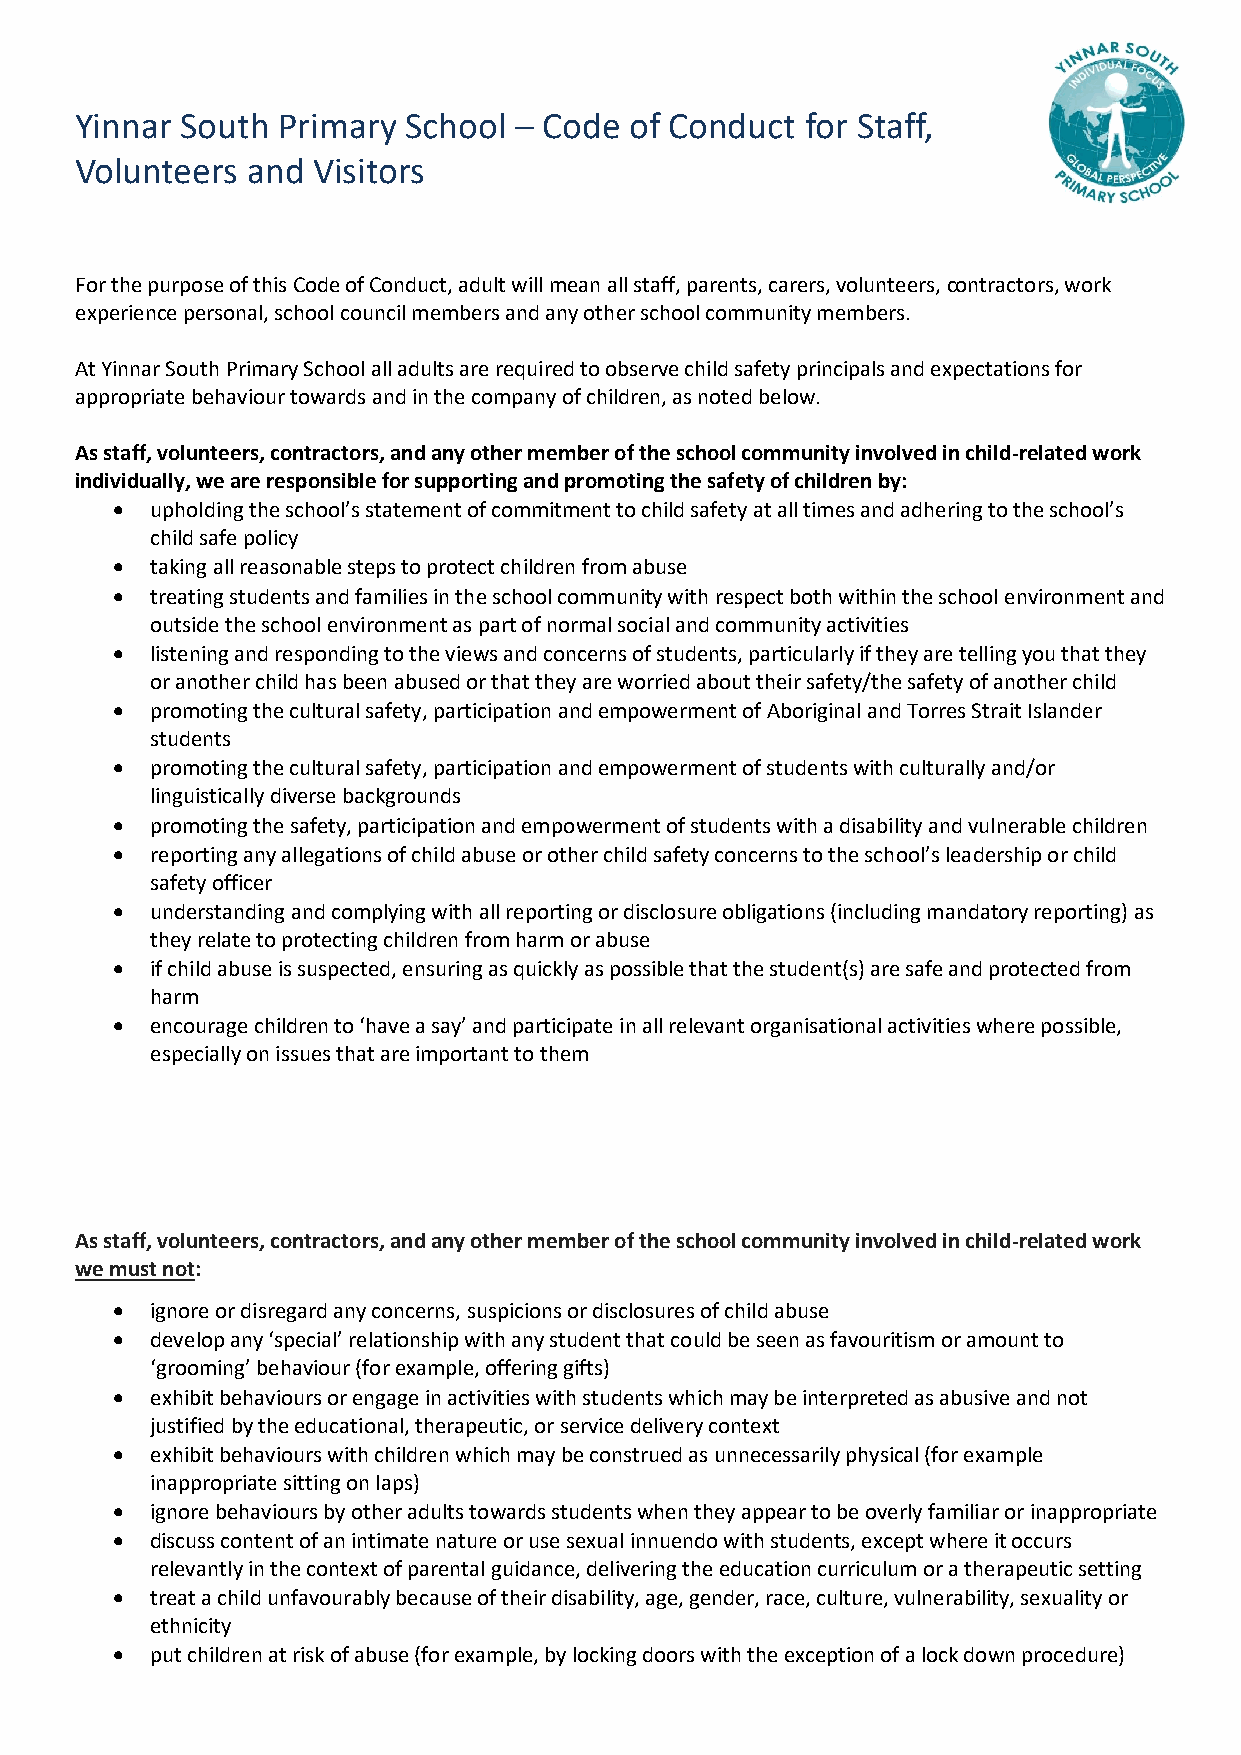
Yinnar South Primary  School – Code  of Conduct for Staff,
 Volunteers and  Visitors
 For the purpose of this Code of Conduct, adult will mean all staff, parents, carers, volunteers, contractors, work
 experience personal, school council members and any other school community members.
 At Yinnar South Primary School all adults are required to observe child safety principals and expectations for
 appropriate behaviour towards and in the company of children, as noted below.
 As staff, volunteers, contractors, and any other member of the school community involved in child-related work
 individually, we are responsible for supporting and promoting the safety of children by:
   upholding the school’s statement of commitment to child safety at all times and adhering to the school’s
 child safe policy
   taking all reasonable steps to protect children from abuse
   treating students and families in the school community with respect both within the school environment and
 outside the school environment as part of normal social and community activities
   listening and responding to the views and concerns of students, particularly if they are telling you that they
 or another child has been abused or that they are worried about their safety/the safety of another child
   promoting the cultural safety, participation and empowerment of Aboriginal and Torres Strait Islander
 students
   promoting the cultural safety, participation and empowerment of students with culturally and/or
 linguistically diverse backgrounds
   promoting the safety, participation and empowerment of students with a disability and vulnerable children
   reporting any allegations of child abuse or other child safety concerns to the school’s leadership or child
 safety officer
   understanding and complying with all reporting or disclosure obligations (including mandatory reporting) as
 they relate to protecting children from harm or abuse
   if child abuse is suspected, ensuring as quickly as possible that the student(s) are safe and protected from
 harm
   encourage children to ‘have a say’ and participate in all relevant organisational activities where possible,
 especially on issues that are important to them
 As staff, volunteers, contractors, and any other member of the school community involved in child-related work
 we must not:
   ignore or disregard any concerns, suspicions or disclosures of child abuse
   develop any ‘special’ relationship with any student that could be seen as favouritism or amount to
 ‘grooming’ behaviour (for example, offering gifts)
   exhibit behaviours or engage in activities with students which may be interpreted as abusive and not
 justified by the educational, therapeutic, or service delivery context
   exhibit behaviours with children which may be construed as unnecessarily physical (for example
 inappropriate sitting on laps)
   ignore behaviours by other adults towards students when they appear to be overly familiar or inappropriate
   discuss content of an intimate nature or use sexual innuendo with students, except where it occurs
 relevantly in the context of parental guidance, delivering the education curriculum or a therapeutic setting
   treat a child unfavourably because of their disability, age, gender, race, culture, vulnerability, sexuality or
 ethnicity
   put children at risk of abuse (for example, by locking doors with the exception of a lock down procedure)